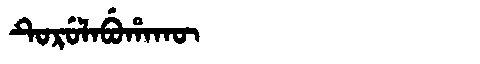
Manchu: ᡨᡠᡵᡠᠯᠠᠪᡠᡥᠠᡴᡡ
Romanization: TURULABUHAKŪ